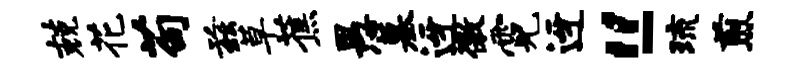
兢花苟兹草蕉愚墓迓徼霓迓“-琉煎